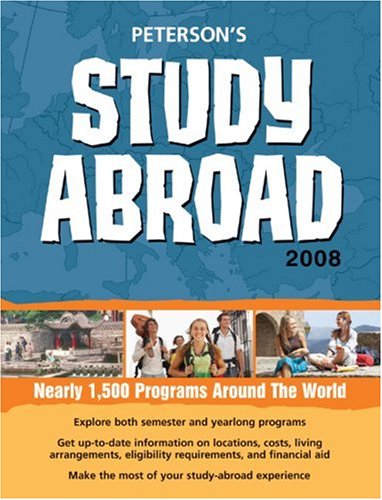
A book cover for Study Abroad - 2008 (Peterson's Study Abroad); Peterson's; Travel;